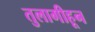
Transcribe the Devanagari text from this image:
तुलागीहून